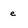
Character: e